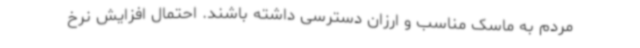
مردم به ماسک مناسب و ارزان دسترسی داشته باشند. احتمال افزایش نرخ